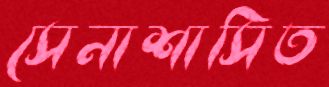
সেনাশাসিত